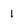
Character: 1